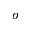
^ { o }